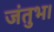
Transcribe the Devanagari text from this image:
जंतुभ।